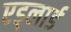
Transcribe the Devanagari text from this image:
एड्लार्ड